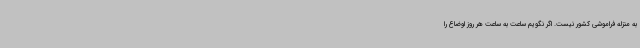
به منزله فراموشی کشور نیست. اگر نگویم ساعت به ساعت هر روز اوضاع را